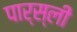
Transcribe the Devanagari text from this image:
पार्स्ली